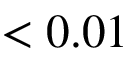
< 0 . 0 1